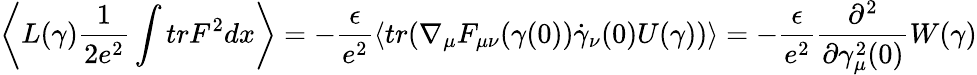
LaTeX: \left<L(\gamma)\frac{1}{2e^{2}}\int trF^{2}dx\right>=-\frac{\epsilon}{e^{2}}\left<tr(\nabla_{\mu}F_{\mu\nu}(\gamma(0))\dot{\gamma}_{\nu}(0)U(\gamma))\right>=-\frac{\epsilon}{e^{2}}\frac{\partial^{2}}{\partial\gamma_{\mu}^{2}(0)}W(\gamma)